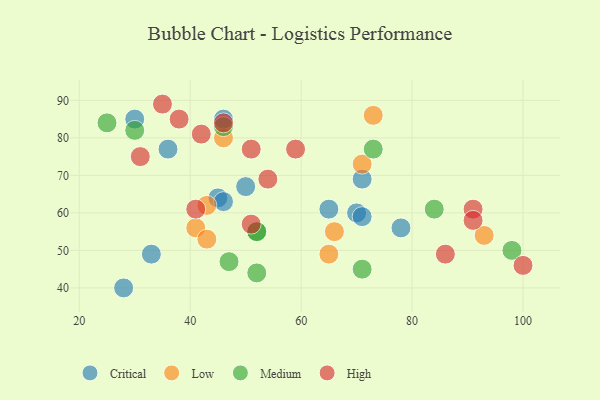
{"axis": {"x": "GDP", "y": "Life Expectancy"}, "legend": ["Critical", "High", "Low", "Medium"], "data": [{"x": "70", "y": 60, "type": "Critical"}, {"x": "71", "y": 69, "type": "Critical"}, {"x": "45", "y": 64, "type": "Critical"}, {"x": "71", "y": 59, "type": "Critical"}, {"x": "46", "y": 63, "type": "Critical"}, {"x": "33", "y": 49, "type": "Critical"}, {"x": "30", "y": 85, "type": "Critical"}, {"x": "46", "y": 85, "type": "Critical"}, {"x": "28", "y": 40, "type": "Critical"}, {"x": "36", "y": 77, "type": "Critical"}, {"x": "78", "y": 56, "type": "Critical"}, {"x": "65", "y": 61, "type": "Critical"}, {"x": "50", "y": 67, "type": "Critical"}, {"x": "66", "y": 55, "type": "Low"}, {"x": "73", "y": 86, "type": "Low"}, {"x": "93", "y": 54, "type": "Low"}, {"x": "41", "y": 56, "type": "Low"}, {"x": "46", "y": 80, "type": "Low"}, {"x": "71", "y": 73, "type": "Low"}, {"x": "43", "y": 62, "type": "Low"}, {"x": "43", "y": 53, "type": "Low"}, {"x": "65", "y": 49, "type": "Low"}, {"x": "52", "y": 55, "type": "Medium"}, {"x": "52", "y": 55, "type": "Medium"}, {"x": "73", "y": 77, "type": "Medium"}, {"x": "98", "y": 50, "type": "Medium"}, {"x": "52", "y": 44, "type": "Medium"}, {"x": "84", "y": 61, "type": "Medium"}, {"x": "71", "y": 45, "type": "Medium"}, {"x": "46", "y": 83, "type": "Medium"}, {"x": "47", "y": 47, "type": "Medium"}, {"x": "30", "y": 82, "type": "Medium"}, {"x": "25", "y": 84, "type": "Medium"}, {"x": "59", "y": 77, "type": "High"}, {"x": "35", "y": 89, "type": "High"}, {"x": "54", "y": 69, "type": "High"}, {"x": "46", "y": 84, "type": "High"}, {"x": "51", "y": 77, "type": "High"}, {"x": "38", "y": 85, "type": "High"}, {"x": "51", "y": 57, "type": "High"}, {"x": "91", "y": 61, "type": "High"}, {"x": "86", "y": 49, "type": "High"}, {"x": "42", "y": 81, "type": "High"}, {"x": "91", "y": 58, "type": "High"}, {"x": "100", "y": 46, "type": "High"}, {"x": "31", "y": 75, "type": "High"}, {"x": "41", "y": 61, "type": "High"}]}